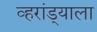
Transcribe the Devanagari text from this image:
व्हरांड्याला